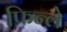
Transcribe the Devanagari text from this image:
फिन्ले